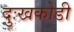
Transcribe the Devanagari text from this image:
दुःखकोडी